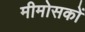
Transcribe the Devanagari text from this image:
मीमोसकों